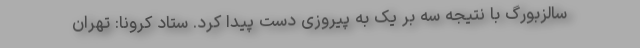
سالزبورگ با نتیجه سه بر یک به پیروزی دست پیدا کرد. ستاد کرونا: تهران